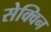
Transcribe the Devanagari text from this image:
सेक्विन